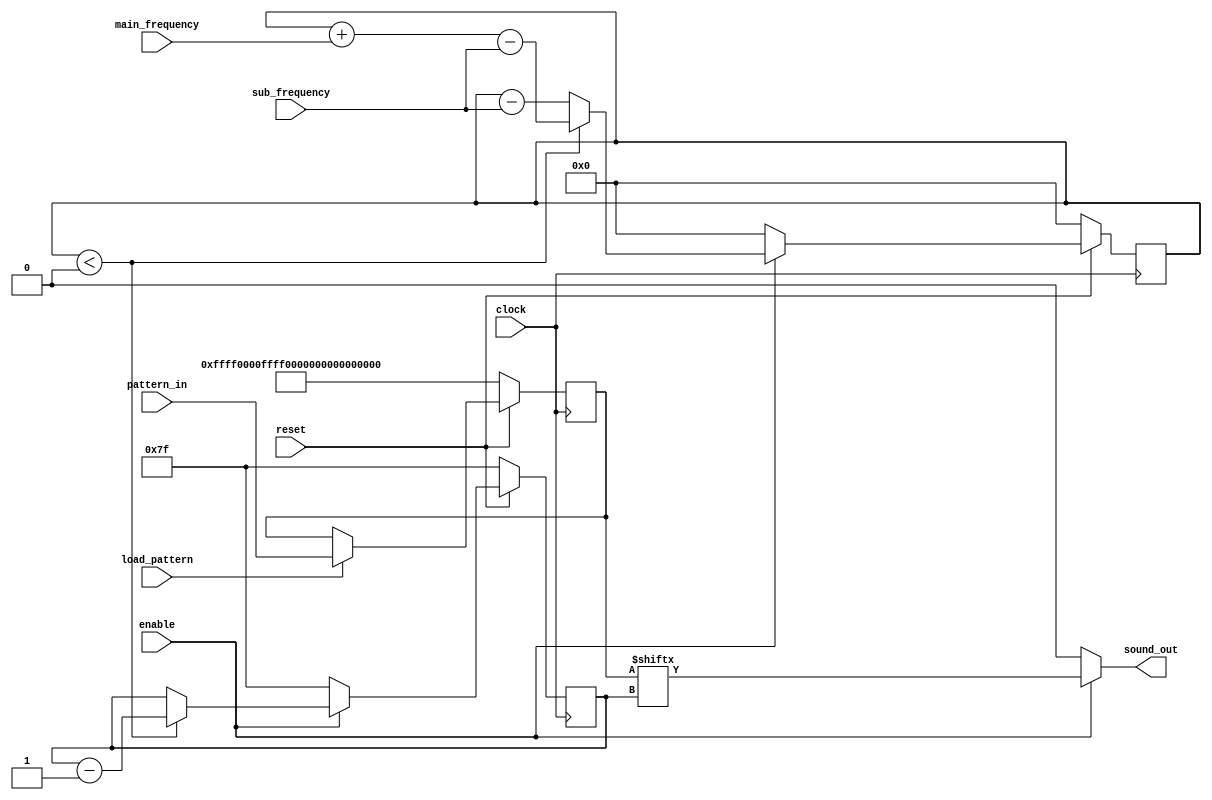
`default_nettype none
`timescale 1ns/1ps
module apu(
        input wire clock,
        input wire reset,
        input wire enable,
        input wire [31:0] main_frequency,
        input wire [15:0] sub_frequency,
        input wire [127:0] pattern_in,
        input wire load_pattern,
        output wire sound_out);
    reg [127:0] pattern;
    reg [6:0] step;
    reg signed [31:0] counter;
    assign sound_out = enable ? pattern[step] : 1'b0;
    always @(posedge clock) begin
        if (!reset) begin
            pattern <= 128'h0000ffff0000ffff0000ffff0000ffff;
            step <= 7'h7f;
            counter <= 32'b0;
        end else begin
            if (load_pattern) begin
                pattern <= pattern_in;
            end
            if (enable) begin 
                counter <= counter - sub_frequency;
                if (counter < 0) begin
                    counter <= counter + main_frequency - sub_frequency;
                    step <= step - 1'b1;
                end
            end else begin
                step <= 7'h7f;
                counter <= 32'b0;
            end
        end
    end
endmodule